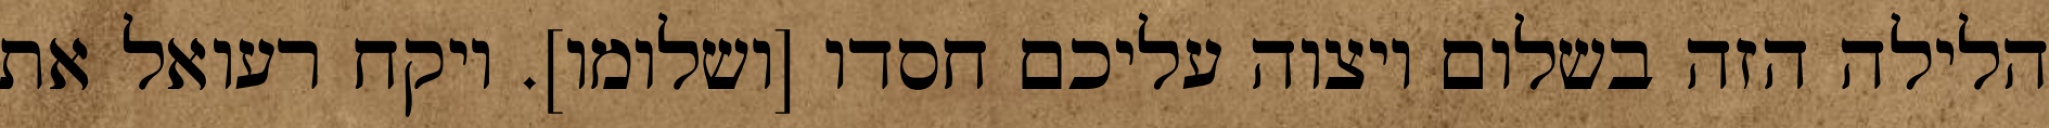
הלילה הזה בשלום ויצוה עליכם חסדו [ושלומו]. ויקח רעואל את